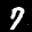
Label: 7